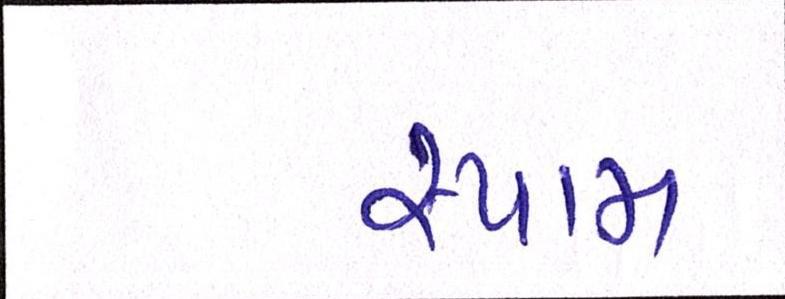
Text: સ્પામ